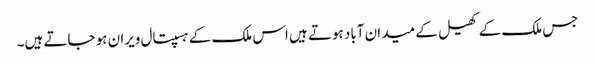
جس ملک کے کھیل کے میدان آباد ہوتے ہیں اس ملک کے ہسپتال ویران ہو جاتے ہیں۔